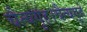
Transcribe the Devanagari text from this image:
चैत्यगृह।चैत्यगृहे